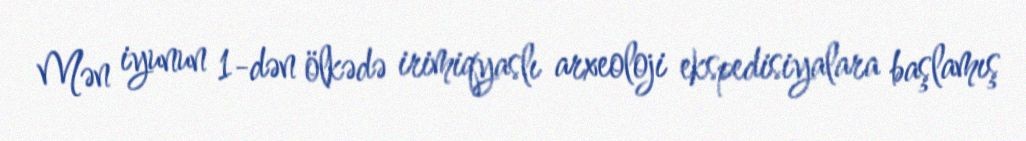
Mən iyunun 1-dən ölkədə irimiqyaslı arxeoloji ekspedisiyalara başlamış